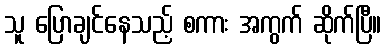
သူ ပြောချင်နေသည့် စကား အကွက် ဆိုက်ပြီ။